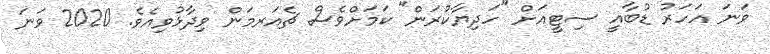
ވަނަ އަހަރު ޑުބާއީ ސިޓީއަށް "ހަދިޔާކުރަން" ކަމަށްވެސް ޗެއަރމަން ވިދާޅުވިއެވެ. 2020 ވަނަ